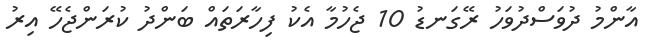
އާންމު ދުވަސްދުވަހު ރޭގަނޑު 10 ޖެހުމާ އެކު ފިހާރަތައް ބަންދު ކުރަންޖެހޭ އިރު